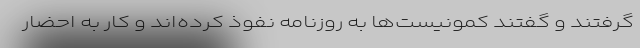
گرفتند و گفتند کمونیست‌ها به روزنامه نفوذ کرده‌اند و کار به احضار